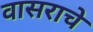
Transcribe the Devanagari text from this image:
वासराचे